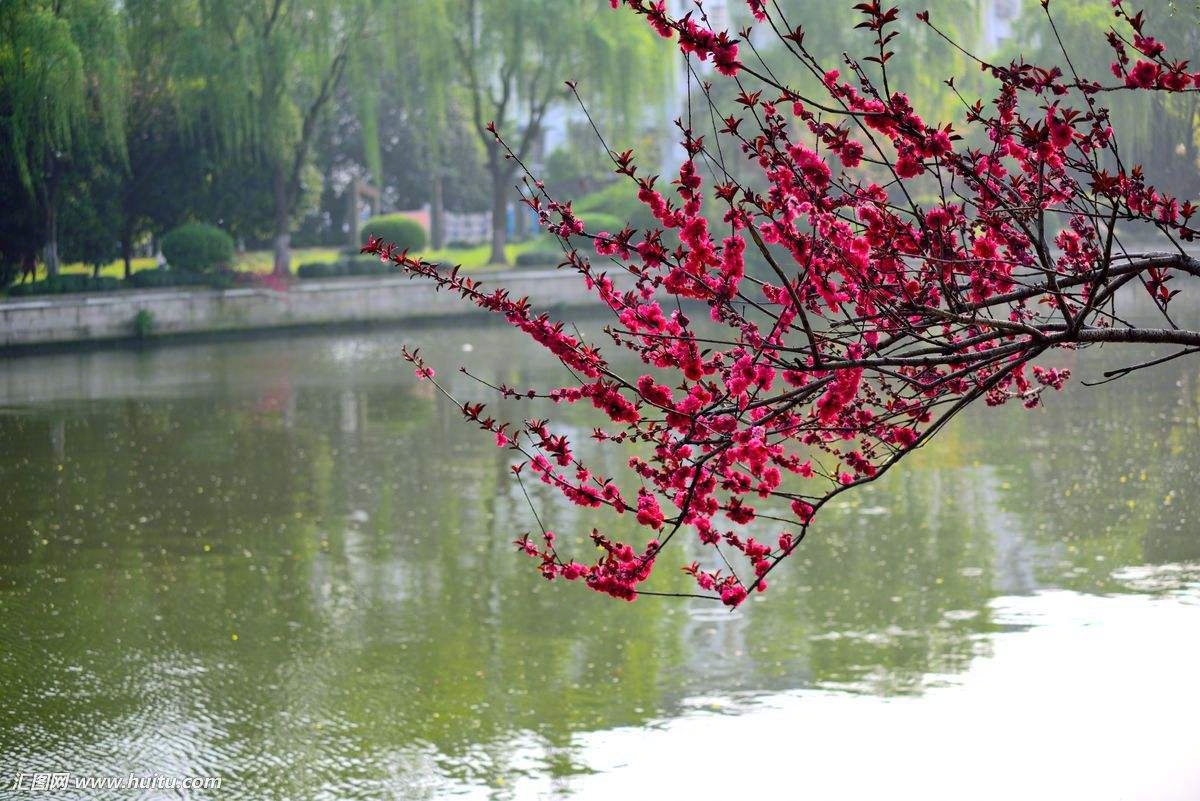
颠狂柳絮随风去，轻薄桃花逐水流。